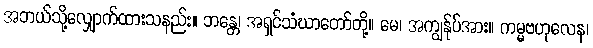
အဘယ်သို့လျှောက်ထားသနည်း။ ဘန္တေ၊ အရှင်သံဃာတော်တို့။ မေ၊ အကျွန်ုပ်အား။ ကမ္မဗဟုလေန၊